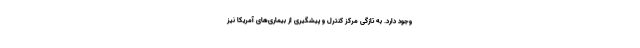
وجود دارد. به تازگی مرکز کنترل و پیشگیری از بیماری‌های آمریکا نیز